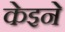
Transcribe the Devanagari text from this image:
केइने